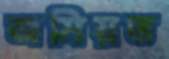
জমিয়ত